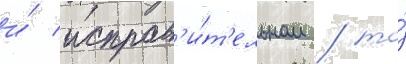
и́ исправ'и́т'ельном / то́